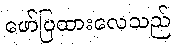
ဖော်ပြထားလေသည်